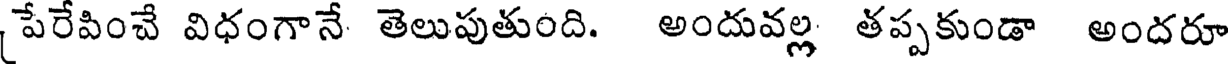
పేరేపించే విధంగానే తెలుపుతుంది. అందువల్ల తప్పకుండా అందరూ